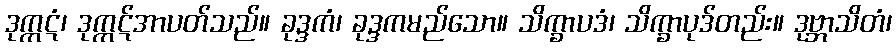
ဒုက္ကဋံ၊ ဒုက္ကဋ်အာပတ်သည်။ ခုဒ္ဒကံ၊ ခုဒ္ဒကမည်သော။ သိက္ခာပဒံ၊ သိက္ခာပုဒ်တည်း။ ဒုဗ္ဘာသိတံ၊